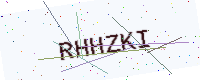
Text: RHHZKI